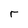
Character: r